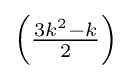
\left({\tfrac {3k^{2}-k}{2}}\right)